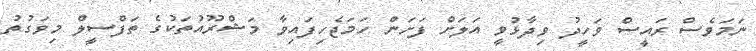
ނަމަވެސް ރައީސް ވަހީދު ވިދާޅުވީ އަލަށް ފަށަން ހަމަޖެހިފައިވާ މަޝްރޫއުތަކުގެ ތަފްސީލް މިވަގުތު